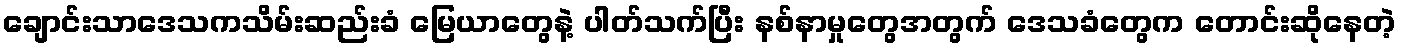
ချောင်းသာဒေသကသိမ်းဆည်းခံ မြေယာတွေနဲ့ ပါတ်သက်ပြီး နစ်နာမှုတွေအတွက် ဒေသခံတွေက တောင်းဆိုနေတဲ့